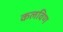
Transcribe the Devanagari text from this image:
कलविण